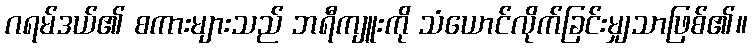
ဂရမ်ဒယ်၏ စကားများသည် ဘရီကျူးကို သံယောင်လိုက်ခြင်းမျှသာဖြစ်၏။